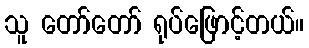
သူ တော်တော် ရုပ်ဖြောင့်တယ်။